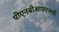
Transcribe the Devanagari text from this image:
पीएनबीआयएलची